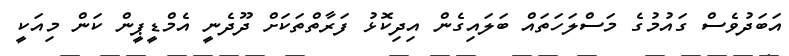
އަބަދުވެސް ގައުމުގެ މަސްލަހަތައް ބަލައިގެން އިދިކޮޅު ފަރާތްތަކަށް ދޫދެނީ އެމްޑީޕީން ކަން މިއަކީ